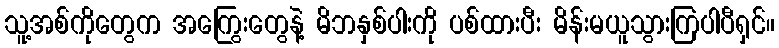
သူ့အစ်ကိုတွေက အကြွေးတွေနဲ့ မိဘနှစ်ပါးကို ပစ်ထားပီး မိန်းမယူသွားကြပါပီရှင်။